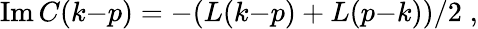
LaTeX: \mathrm{Im}\, C(k{-}p)=-(L(k{-}p)+L(p{-}k))/2\; ,